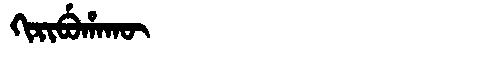
Manchu: ᡴᡳᡵᡳᠪᡠᡥᠠᡴᡡ
Romanization: KIRIBUHAKŪ